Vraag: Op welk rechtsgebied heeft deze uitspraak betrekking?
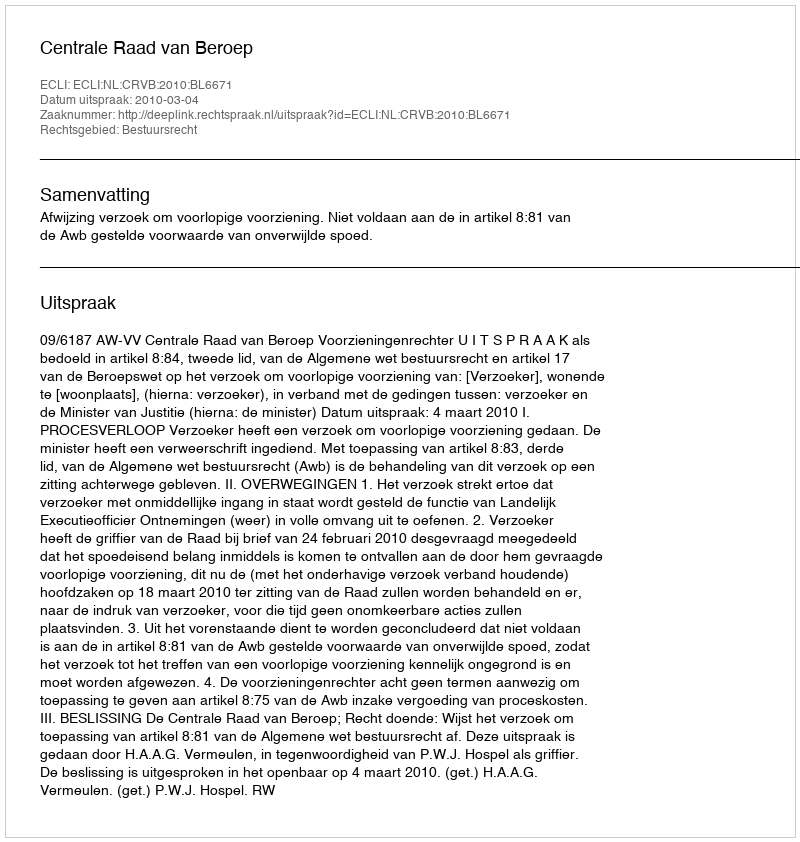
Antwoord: Bestuursrecht